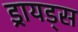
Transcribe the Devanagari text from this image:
ड्रायड्स